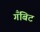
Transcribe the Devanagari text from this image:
गँबिट